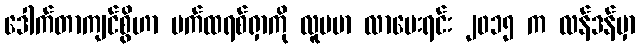
ဒေါက်တာကျင်စွိဟာ ပက်ထရစ်ရှာကို လူမမာ လာမေးရင်း ၂၀၁၅ က လန်ဒန်မှာ